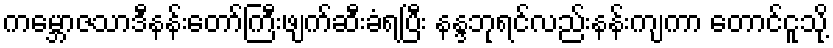
ကမ္ဘောဇသာဒီနန်းတော်ကြီးဖျက်ဆီးခံရပြီး နန္ဒဘုရင်လည်းနန်းကျကာ တောင်ငူသို့